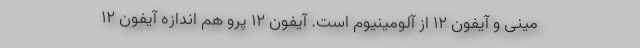
مینی و آیفون ۱۲ از آلومینیوم است. آیفون ۱۲ پرو هم اندازه آیفون ۱۲